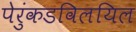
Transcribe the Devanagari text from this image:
पेरुंकडविलयिल